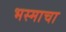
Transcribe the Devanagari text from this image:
भस्माचा